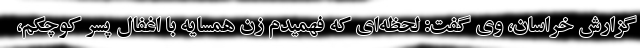
گزارش خراسان، وی گفت: لحظه‌ای که فهمیدم زن همسایه با اغفال پسر کوچکم،